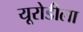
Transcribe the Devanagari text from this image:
यूरोडीला